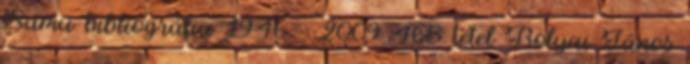
Samu bibliográfia 1946 - 2009 468 tétel Bolyai János